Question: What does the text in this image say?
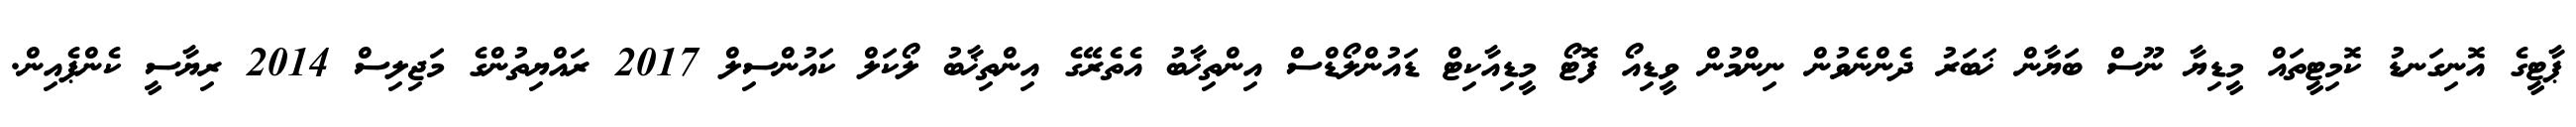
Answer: ޕާޓީގެ އޮނިގަނޑު ކޮމިޓީތައް މީޑިޔާ ނޫސް ބަޔާން ޚަބަރު ދެންނެވުން ނިންމުން ވީޑިއޯ ފޮޓޯ މީޑިއާކިޓް ޑައުންލޯޑްސް އިންތިޚާބު އެތެރޭގެ އިންތިޚާބު ލޯކަލް ކައުންސިލް 2017 ރައްޔިތުންގެ މަޖިލިސް 2014 ރިޔާސީ ކެންޕެއިން.